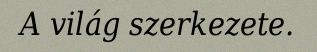
A világ szerkezete.